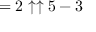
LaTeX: = 2 \uparrow \uparrow 5 - 3